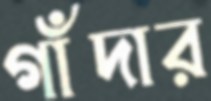
গাঁদার